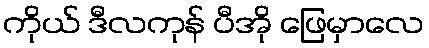
ကိုယ် ဒီလကုန် ပီအို ဖြေမှာလေ